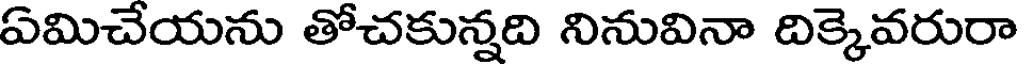
ఏమిచేయను తోచకున్నది నినువినా దిక్కెవరురా